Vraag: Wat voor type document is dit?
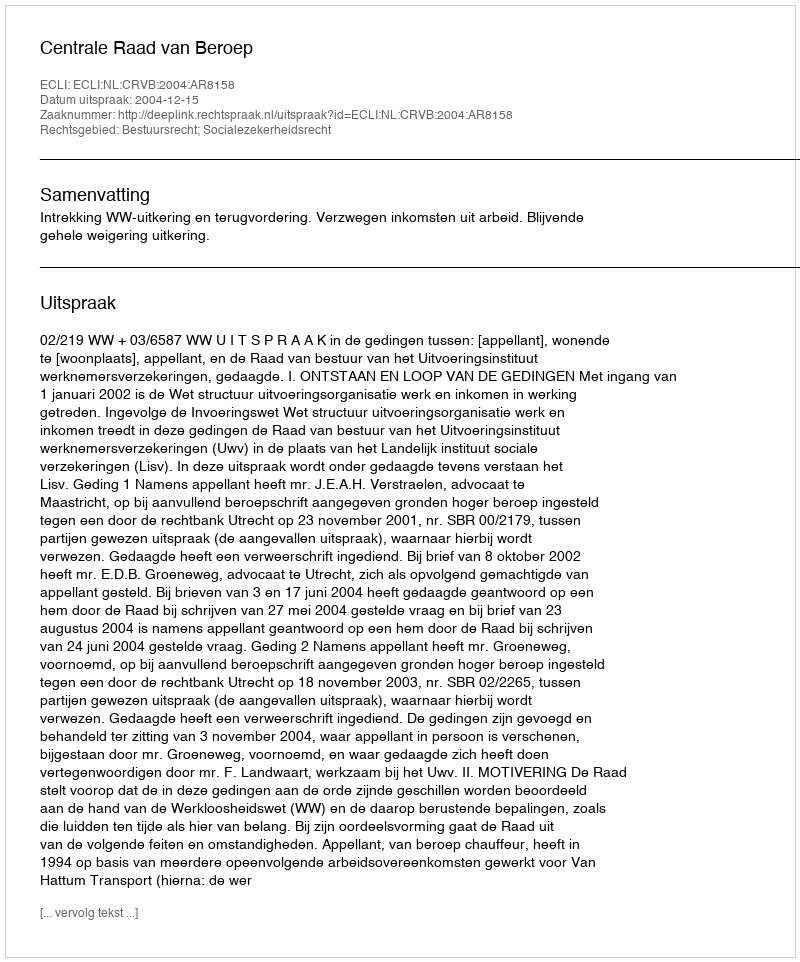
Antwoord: Uitspraak